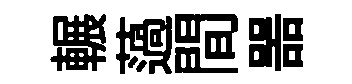
輾薖間噐